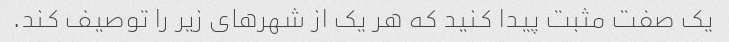
یک صفت مثبت پیدا کنید که هر یک از شهرهای زیر را توصیف کند.